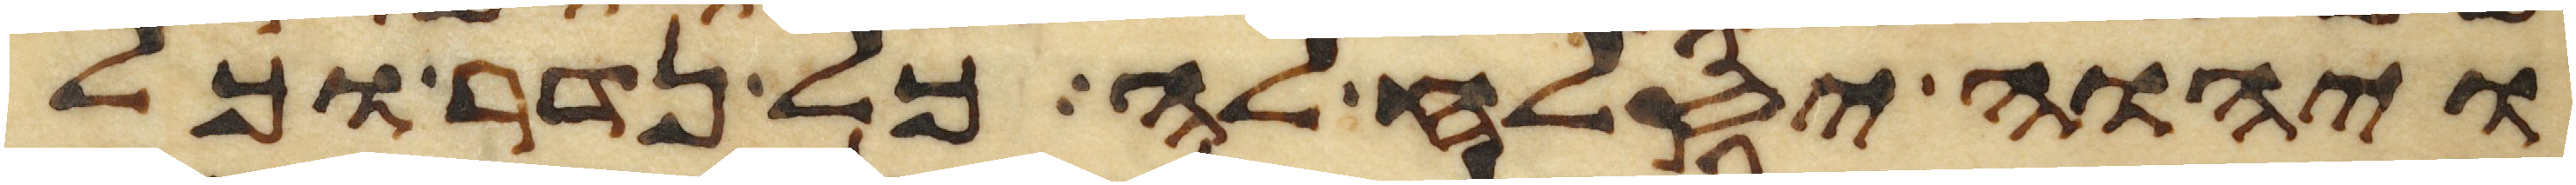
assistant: ויהוה יסלח לה כל נדר וכל